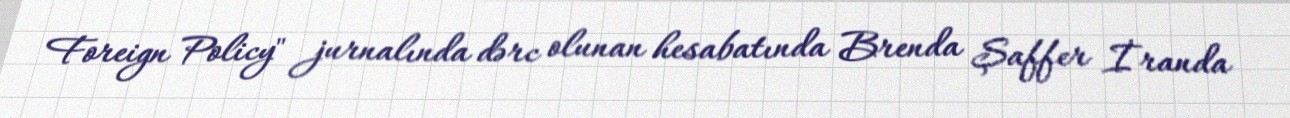
Foreign Policy" jurnalında dərc olunan hesabatında Brenda Şaffer İranda